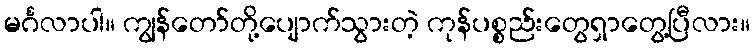
မင်္ဂလာပါ။ ကျွန်တော်တို့ပျောက်သွားတဲ့ ကုန်ပစ္စည်းတွေရှာတွေ့ပြီလား။